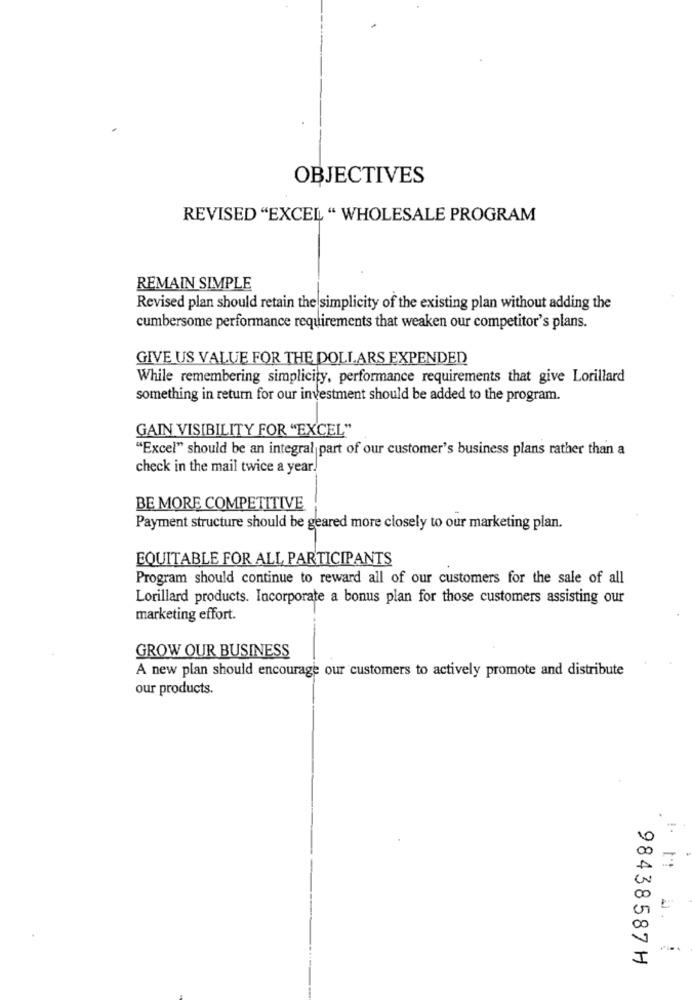
OBJECTIVES
REVISED "EXCEL " WHOLESALE PROGRAM
REMAIN SIMPLE
Revised plan should retain the simplicity of the existing plan without adding the
cumbersome performance requirements that weaken our competitor's plans.
GIVE US VALUE FOR THE DOLLARS EXPENDED
While remembering simplicity, performance requirements that give Lorillard
something in return for our investment should be added to the program.
GAIN VISIBILITY FOR "EXCEL"
"Excel" should be an integral part of our customer's business plans rather than a
check in the mail twice a year.
BE MORE COMPETITIVE
Payment structure should be geared more closely to our marketing plan.
EQUITABLE FOR ALL PARTICIPANTS
Program should continue to reward all of our customers for the sale of all
Lorillard products. Incorporate a bonus plan for those customers assisting our
marketing effort.
GROW OUR BUSINESS
A new plan should encourage our customers to actively promote and distribute
our products.
20
I
98438587 H